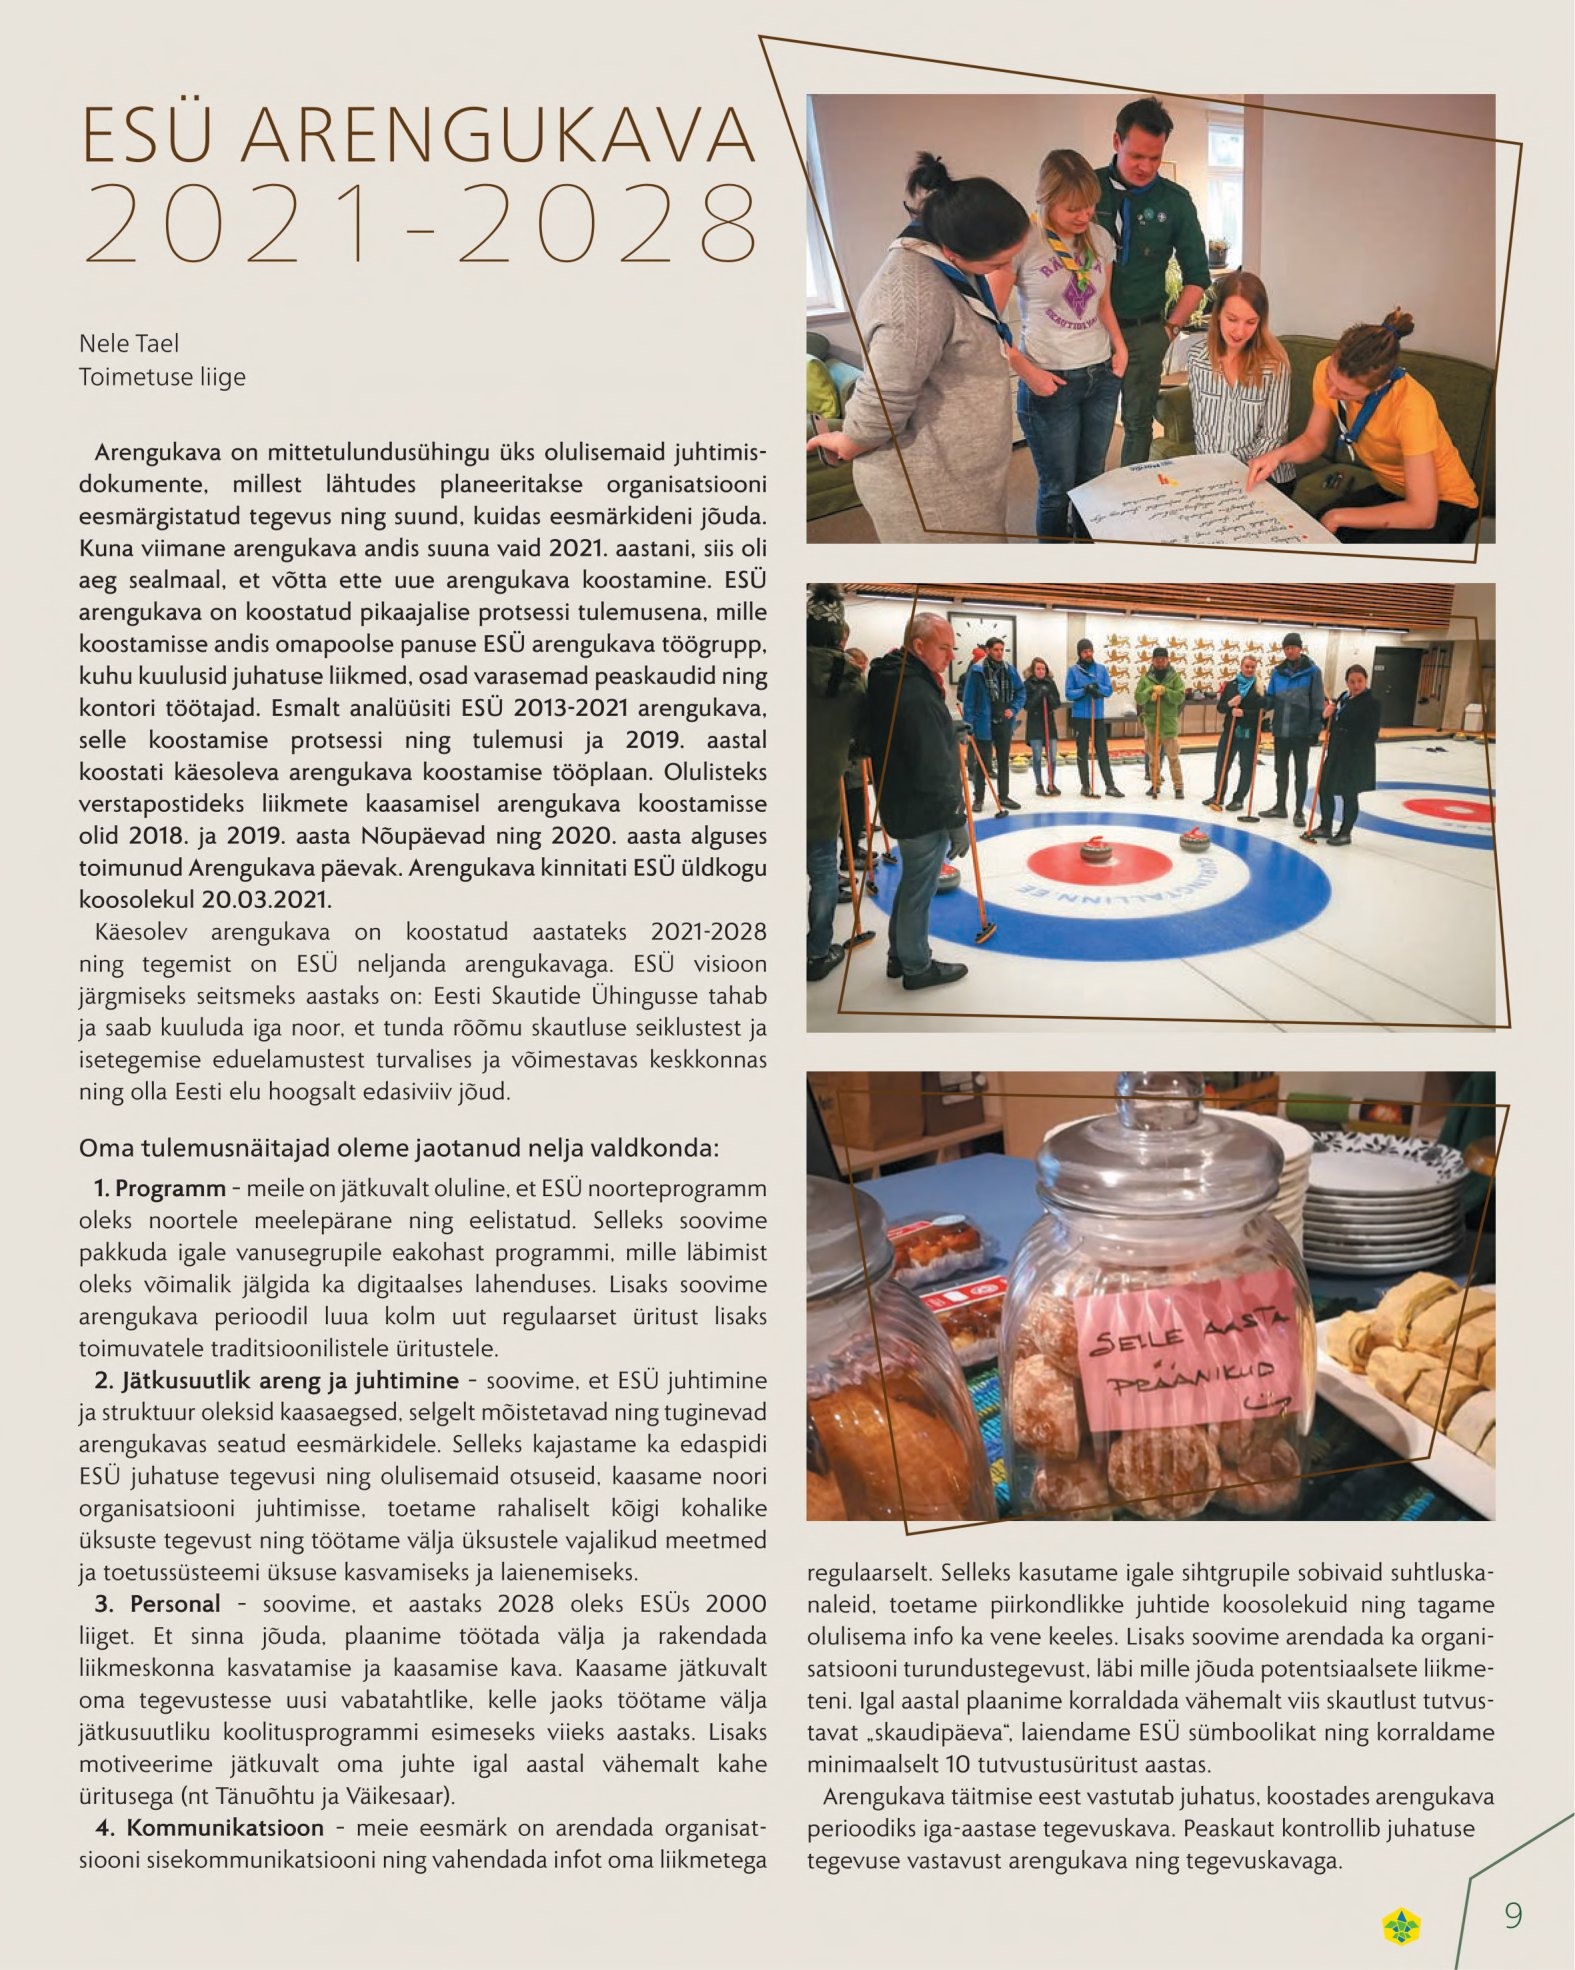
Language: et